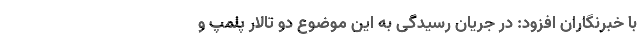
با خبرنگاران افزود: در جریان رسیدگی به این موضوع دو تالار پلمپ و